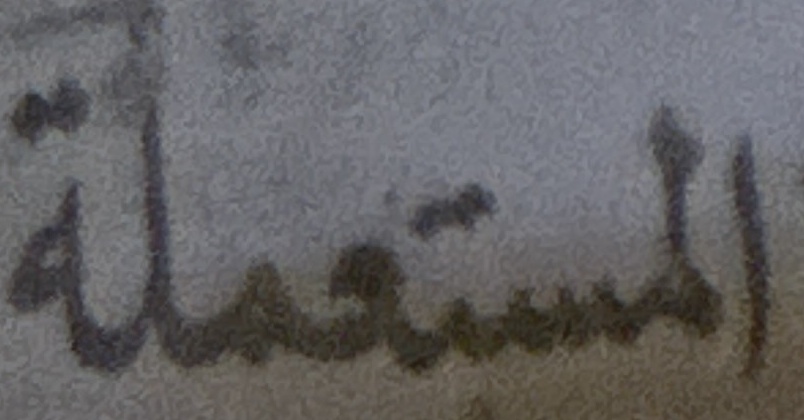
المستعملة